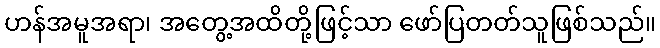
ဟန်အမူအရာ၊ အတွေ့အထိတို့ဖြင့်သာ ဖော်ပြတတ်သူဖြစ်သည်။